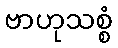
ဗာဟုသစ္စံ